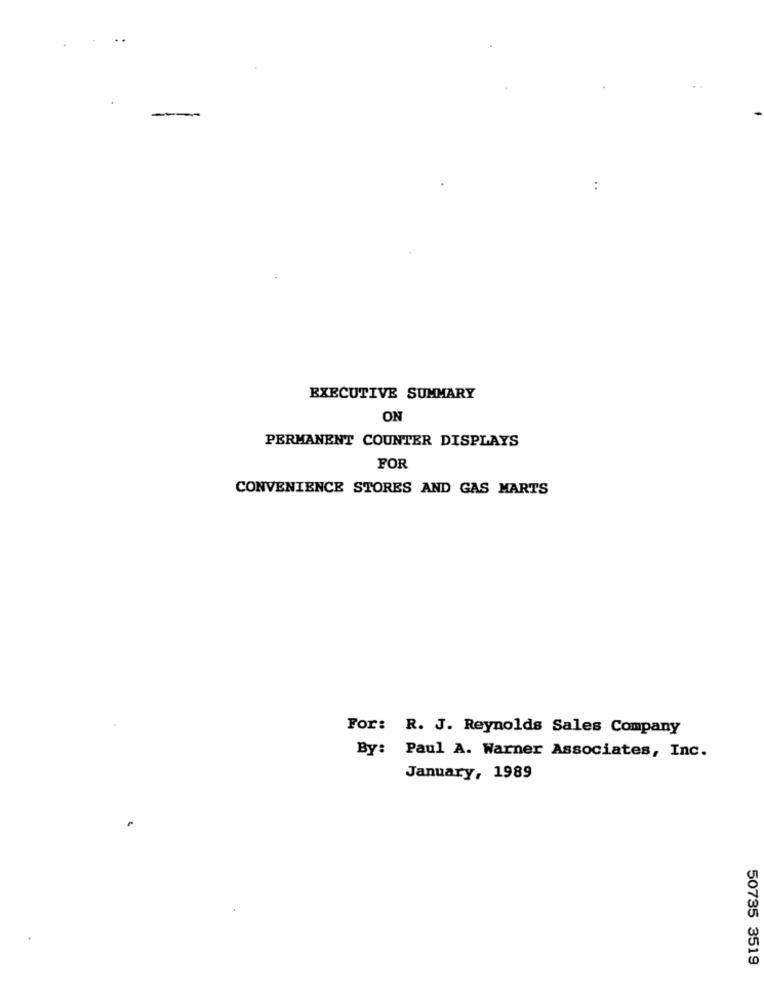
..
EXECUTIVE SUMMARY
ON
PERMANENT COUNTER DISPLAYS
FOR
CONVENIENCE STORES AND GAS MARTS
For: R. J. Reynolds Sales Company
By: Paul A. Warner Associates, Inc.
January, 1989
50735 3519